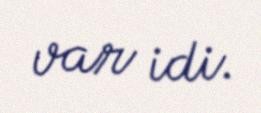
var idi.